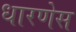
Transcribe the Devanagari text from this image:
धारणेस